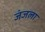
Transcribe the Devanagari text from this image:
जंजला